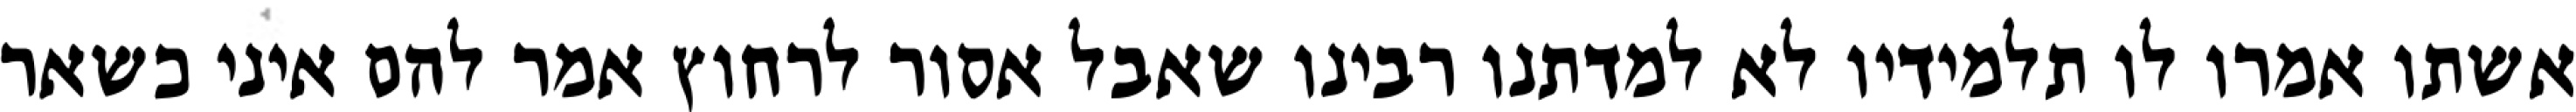
אשתו אמרו לו תלמידיו לא למדתנו רבינו שאבל אסור לרחוץ אמר להם איני כשאר